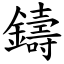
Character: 鑄